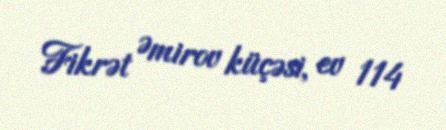
Fikrət Əmirov küçəsi, ev 114